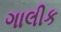
ગાલીક